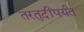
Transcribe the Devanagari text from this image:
तरतुदींपर्यंत